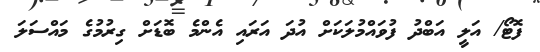
ފޮޓޯ/ އަލީ އަބްދު ފުވައްމުލަކަށް އުދަ އަރައި އެންމެ ބޮޑަށް ގިރުމުގެ މައްސަލަ